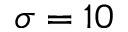
\sigma = 1 0